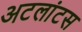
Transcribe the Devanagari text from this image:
अटलांटस